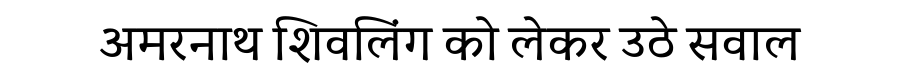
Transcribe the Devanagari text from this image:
अमरनाथ शिवलिंग को लेकर उठे सवाल